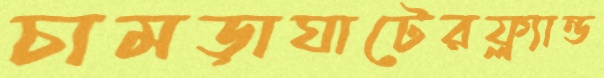
চামড়াঘাটেরফ্ল্যান্ড